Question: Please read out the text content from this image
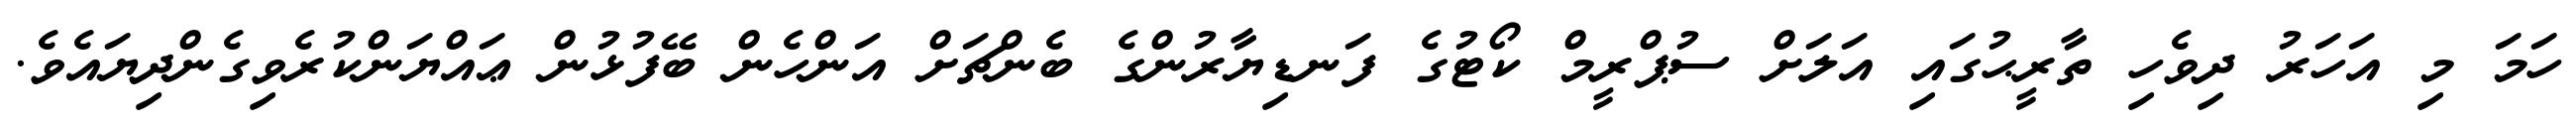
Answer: ހަމަ މި އަހަރު ދިވެހި ތާރީޙުގައި އަލަށް ސުޕްރީމް ކޯޓުގެ ފަނޑިޔާރުންގެ ބެންޗަށް އަންހެން ބޭފުޅުން ޢައްޔަންކުރެވިގެންދިޔައެވެ.